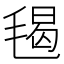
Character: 𣮷